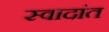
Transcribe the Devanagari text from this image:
स्वादांत